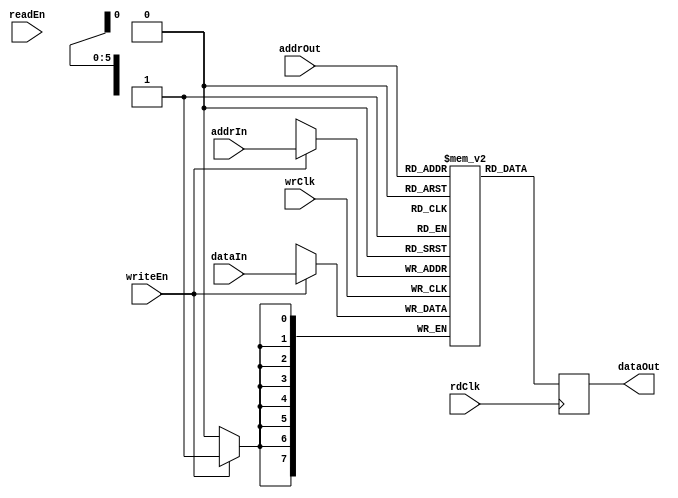
module dpMem_dc(  addrIn, addrOut, wrClk, rdClk, dataIn, writeEn, readEn, dataOut);
  //FIFO_DEPTH = ADDR_WIDTH^2
  parameter FIFO_WIDTH = 8;
  parameter FIFO_DEPTH = 64; 
  parameter ADDR_WIDTH = 6;   
  
input wrClk;
input rdClk;
input [FIFO_WIDTH-1:0] dataIn;
output [FIFO_WIDTH-1:0] dataOut;
input writeEn;
input readEn;
input [ADDR_WIDTH-1:0] addrIn;
input [ADDR_WIDTH-1:0] addrOut;

wire wrClk;
wire rdClk;
wire [FIFO_WIDTH-1:0] dataIn;
reg [FIFO_WIDTH-1:0] dataOut;
wire writeEn;
wire readEn;
wire [ADDR_WIDTH-1:0] addrIn;
wire [ADDR_WIDTH-1:0] addrOut;

reg [FIFO_WIDTH-1:0] buffer [0:FIFO_DEPTH-1];

// synchronous read. Introduces one clock cycle delay
always @(posedge rdClk) begin
  dataOut <= buffer[addrOut];
end

// synchronous write
always @(posedge wrClk) begin
  if (writeEn == 1'b1)
    buffer[addrIn] <= dataIn;
end                  


endmodule